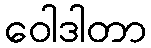
ဝေါဒါတာ